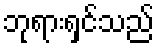
ဘုရားရှင်သည်